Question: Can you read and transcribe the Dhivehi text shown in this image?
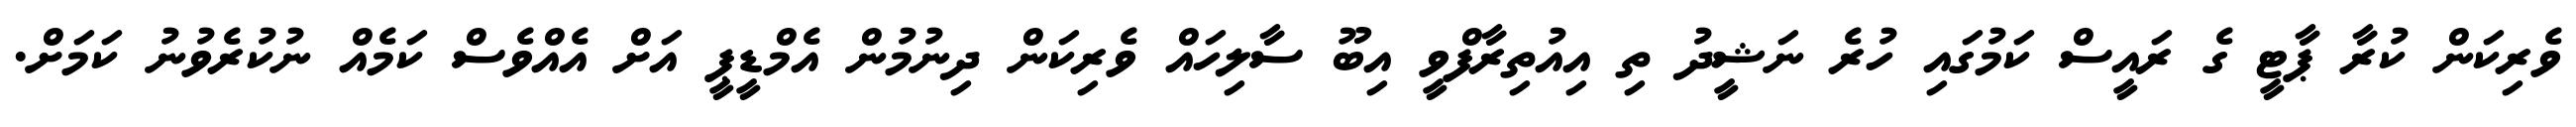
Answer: ވެރިކަން ކުރާ ޕާޓީ ގެ ރައީސް ކަމުގައި ހުރެ ނަޝީދު ތި އިއުތިރާފްވީ އިބޫ ސާލިހައް ވެރިކަން ދިނުމުން އެމްޑީޕީ އަށް އެއްވެސް ކަމެއް ނުކުރެވުނު ކަމަށް.